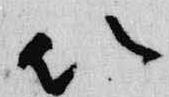
以